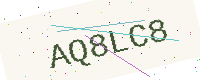
Text: AQ8LC8